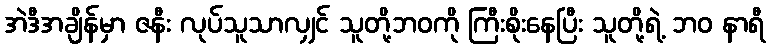
အဲဒီအချိန်မှာ ဇနီး လုပ်သူသာလျှင် သူတို့ဘဝကို ကြီးစိုးနေပြီး သူတို့ရဲ့ ဘဝ နာရီ